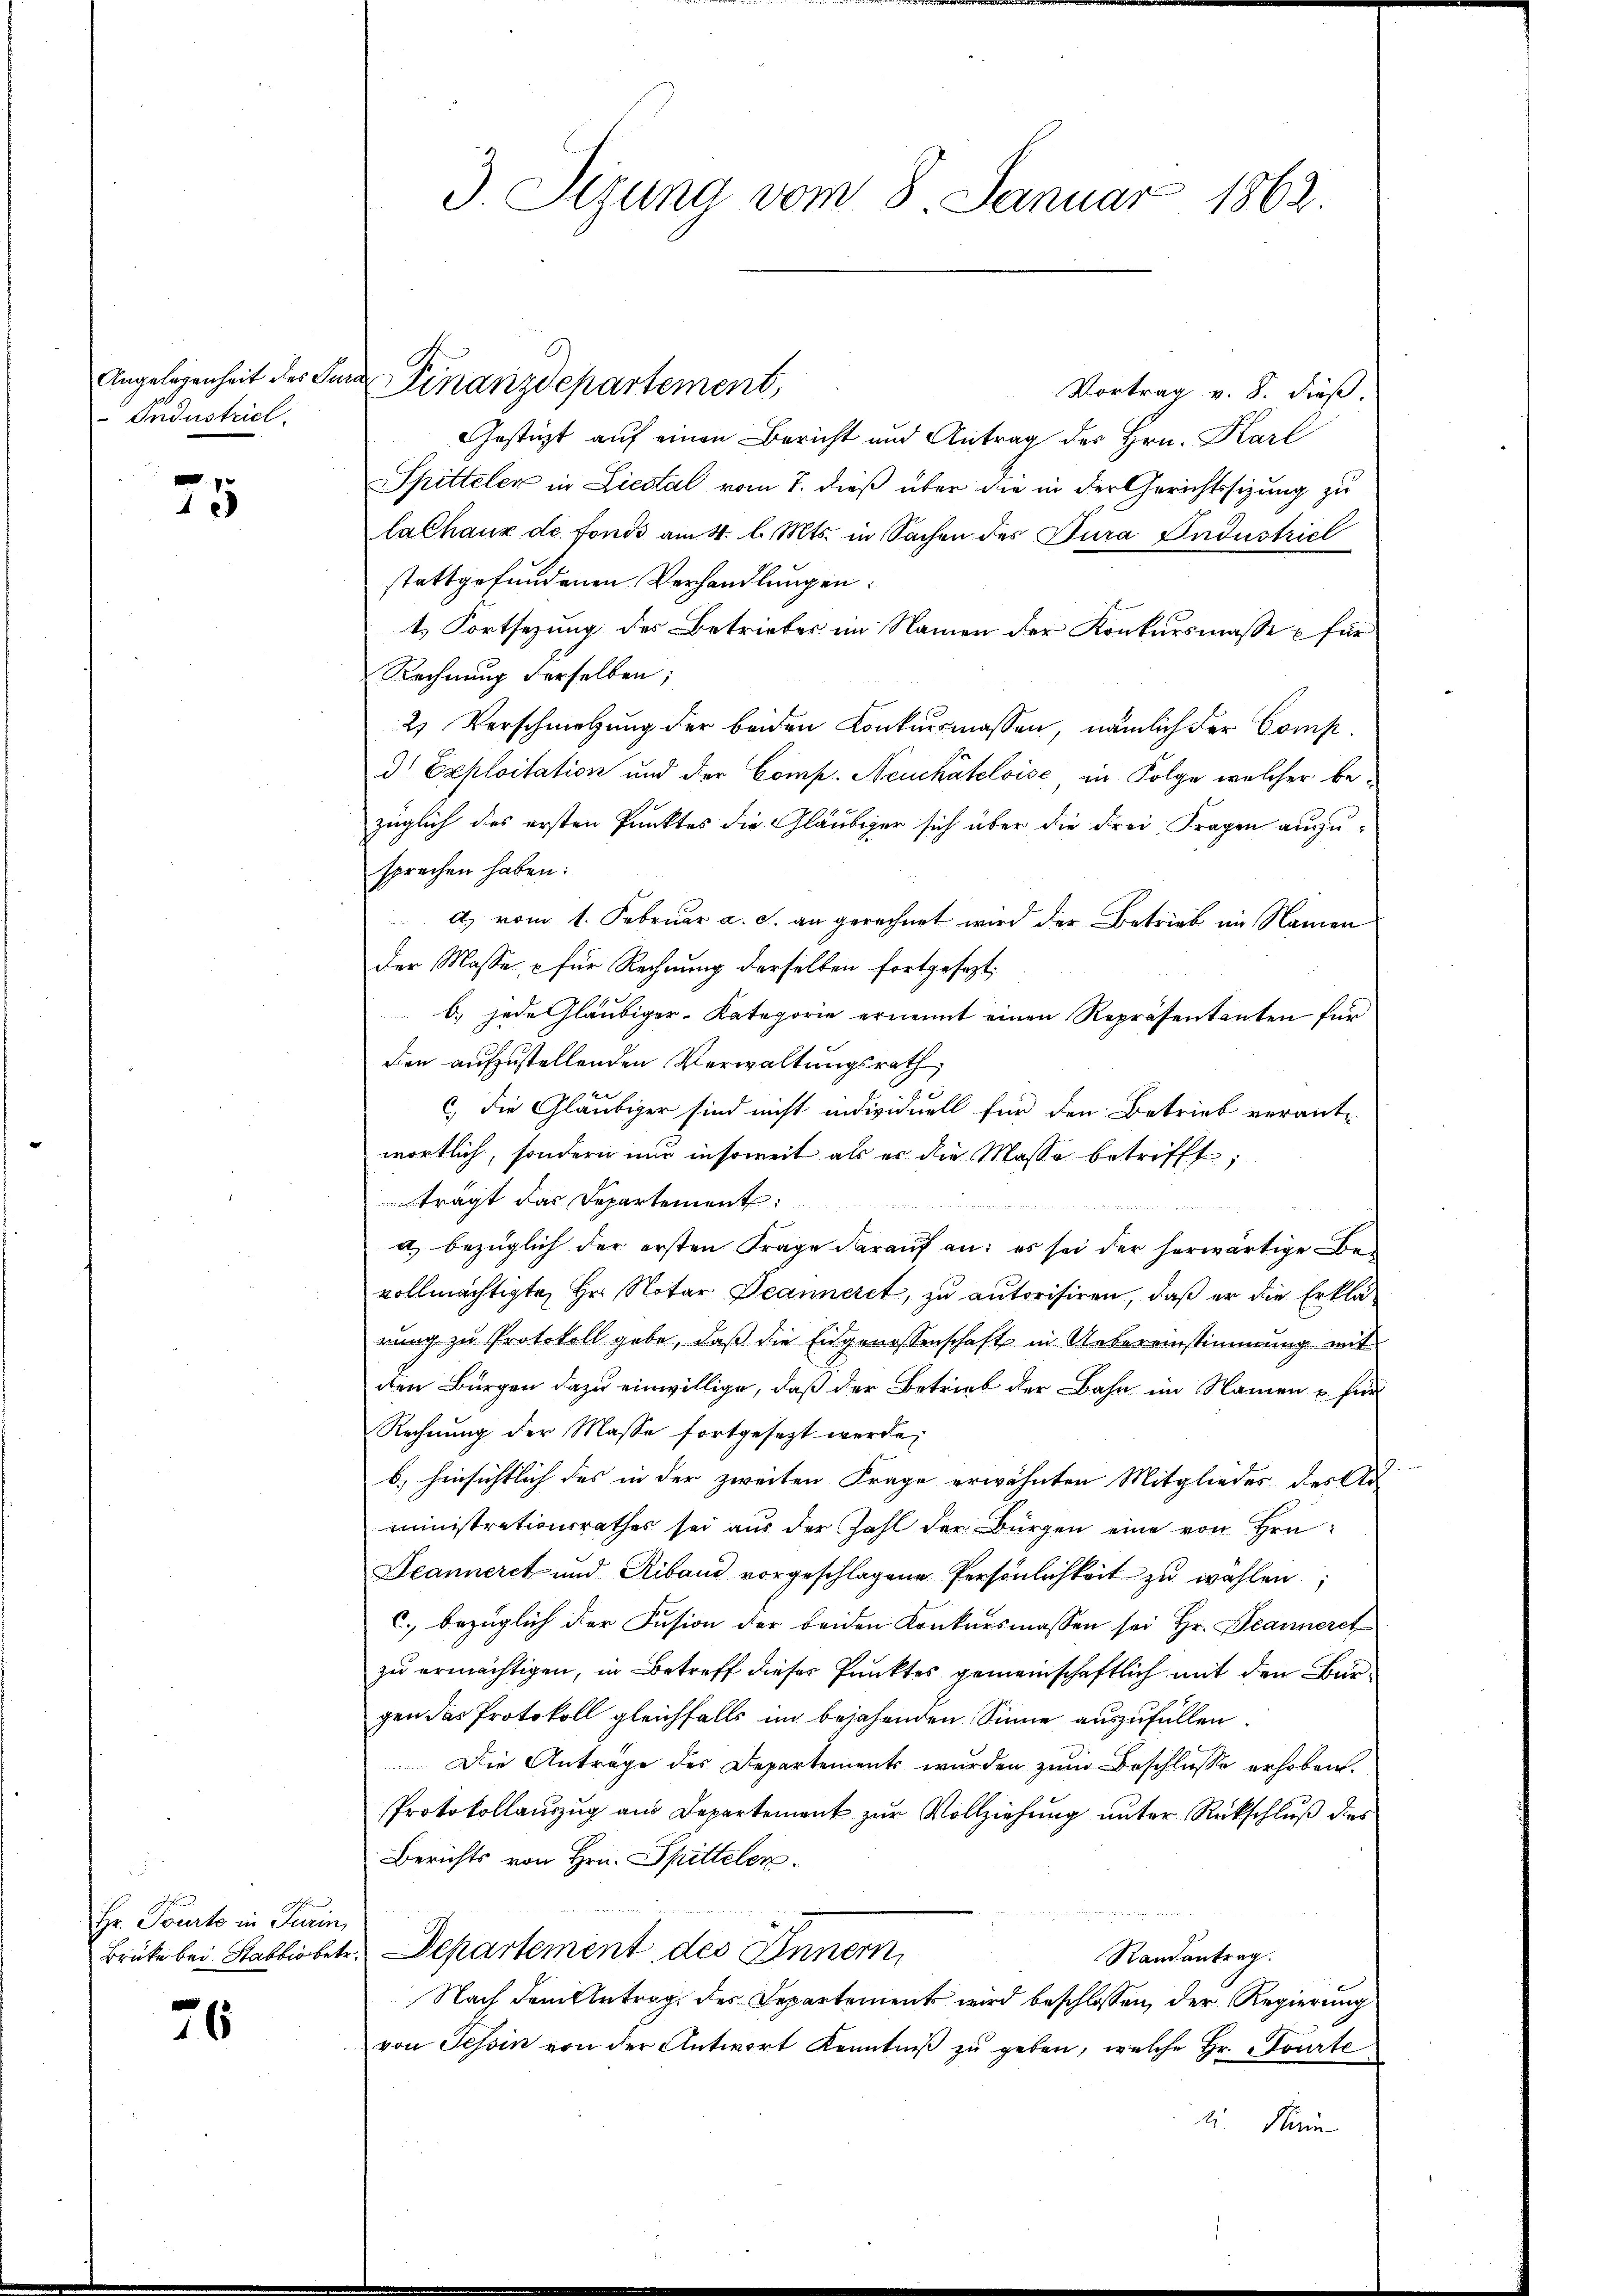
Angelegenheit der Par
Industriel

25

off
Hr. Tourte in Turin

26

3. Sizung vom 8. Januar 1862.

Vortrag v. 8. dieß.
Gestüzt auf einen Bericht und Antrag des Hrn. Karl
Spitteler in Liestal vom 7. dieß über die in der Gerichtssizung zu
lalhaux de fonds am 4. l. Mts. in Sachen des Jura Industriel
stattgefundenen Verhandlungen:
1. Fortsezung des Betrieber im Namen der Konkursmasse & für
Rechnung derselben;
2) Verschmelzung der beiden Konkursmassen, nämlich der Comp.
d Exploitation und der Comp. Neuchâteloise in Folge welcher bezüglich des ersten Punktes die Gläubiger sich über die drei Fragen auszusprechen haben:
d) vom 1. Februar a. s. an gerechnet wird der Betrieb im Namen
der Masse, für Rechnung derselben fortgesezt,
6) jede Gläubiger-Kategorie ernennt einen Repräsentanten für
den aufzustellenden Verwaltungsrath,
x
c) Die Gläubiger sind nicht indivinell für den Betrieb verant-
wortlich, sondern und insoweit als es die Masse betrifft;
trägt das Departement

de
a) bezüglich der ersten Frage darauf an: es sei der herwärtige Bevollmächtigte Hr. Notar Decanneret, zu autorisiren, daß er die Erklärung zu Protokoll gebe, daß die Eidgenossenschaft in Uebereinstimmung mit
den Bürgen dazu einwillige, daß der Betrieb der Bahn im Namen u für
Rechnung der Masse fortgesezt werde,
b) hinsichtlich des in der zweiten Frage erwähnten Mitgliedes des
ministrationsrathes sei aus der Zahl der Bürgen eine von Hrn
Deanneret und Riband vorgeschlagene Persönlichkeit zu wählen;
c. bezüglich der Fusion der beiden Konkursmassen sei Hr. Jeanneret
zu ermächtigen, in Betreff dieses Punktes gemeinschaftlich mit den Bürgen das Protokoll gleichfalls im bejahenden Sinne auszufüllen.
Die Anträge des Departements wurden zŭm Beschlüsse erhoben.
Protokollauszug aus Departement zur Vollziehung unter Rückschluß des
Berichts von Hrn. Spittelen.
Brüke bei Stabbiobetr. Departement des Innern
Randantrag.
Nach dem Antrag des Departement wird beschlossen, der Regierung
von Schin von der Antwort Kenntniβ zŭ geben, welche Hr. Tourte
li. Sein

Finanzdepartement,